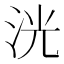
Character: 洸